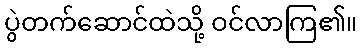
ပွဲတက်ဆောင်ထဲသို့ ဝင်လာကြ၏။